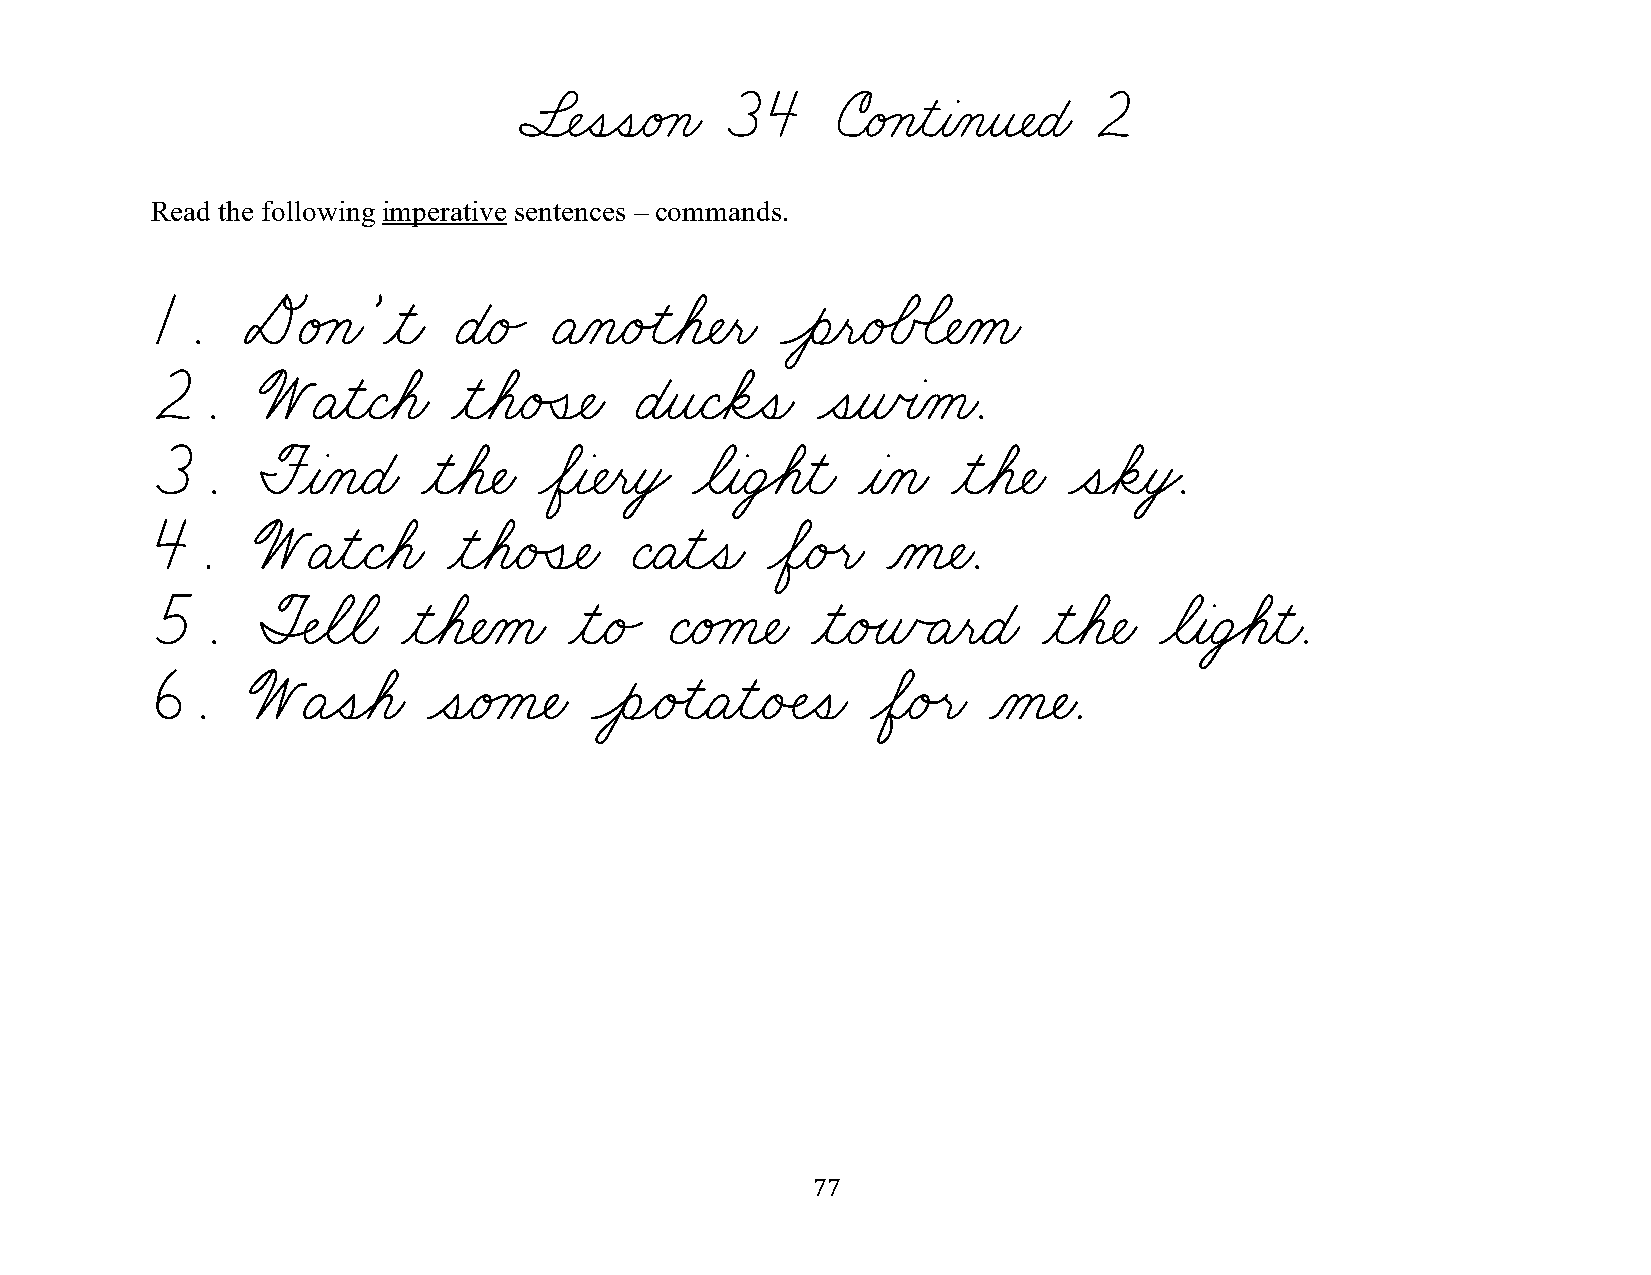
§¬ÑˆíˆíæéÁçæ  34     úæéÁçƒìƒàÀçƒî¬ÑæÉæ 2
 Read the following imperative sentences – commands.
 1.    DéÁçæ’ƒìæ     Éæé„  ÄÀçæéÙìøá¬Ñƒëæ  Ôèƒëæé‰ÅÕã¬ÑÀåæ
 2.     WÄƒìæÇøáæ    ƒìøáæéÛí¬Ñæ ÉƒîæÇøäˆíæ  ˆíƒñœàÀåæ.
 3.     FƒàÀçæÉæ   ƒìøá¬Ñæ øÖƒà¬ÑƒëƒòŸ øãƒàæÜ€áƒìæ ƒàÀçæ ƒìøá¬Ñæ ˆíøäƒòŸ.
 4.     WÄƒìæÇøáæ    ƒìøáæéÛí¬Ñæ ÇæÄƒìˆíæ øÖæéÙëæ Àå¬Ñæ.
 5.     ØÍÑøãøãæ  ƒìøá¬ÑÀåæ  ƒìæé„ ÇæéÁå¬Ñæ  ƒìæéÙñÃÄƒëæÉæ  ƒìøá¬Ñæ øãƒàæÜ€áƒìæ.
 6.    WÄˆíøáæ     ˆíæéÁå¬Ñæ  ÔèÌéÙìæÄƒìæéÂÑˆíæ  øÖæéÙëæ Àå¬Ñæ.
 77